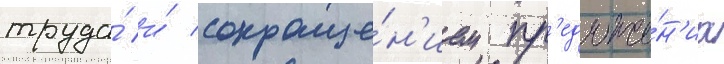
труда́ и́ сокраще́н'ием пр'едложе́н'иа